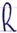
Text: R